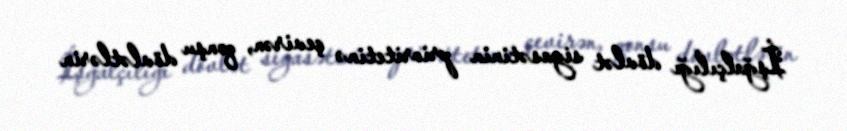
İşğalçılığı dövlət siyasətinin prioritetinə çevirən, qonşu dövlətlərin